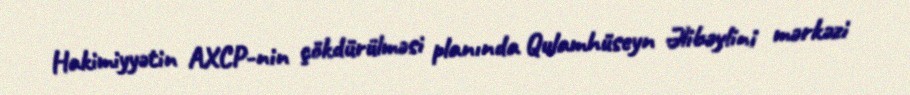
Hakimiyyətin AXCP-nin çökdürülməsi planında Qulamhüseyn Əlibəylini mərkəzi